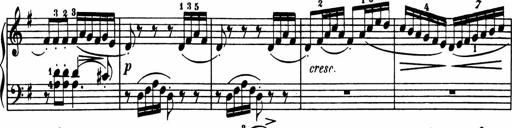
Title: Sonatina in G major
Composer: Friedrich Kuhlau
Key: G major